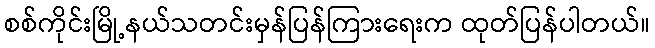
စစ်ကိုင်းမြို့နယ်သတင်းမှန်ပြန်ကြားရေးက ထုတ်ပြန်ပါတယ်။